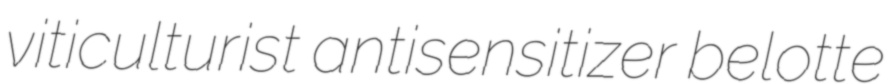
viticulturist antisensitizer belotte